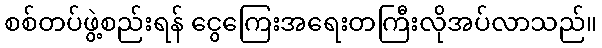
စစ်တပ်ဖွဲ့စည်းရန် ငွေကြေးအရေးတကြီးလိုအပ်လာသည်။